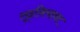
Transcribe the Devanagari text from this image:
लूइसियाना